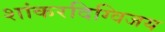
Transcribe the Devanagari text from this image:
शांकरदिग्विजय